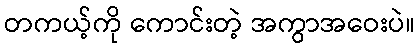
တကယ့်ကို ကောင်းတဲ့ အကွာအဝေးပဲ။